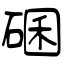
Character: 碅